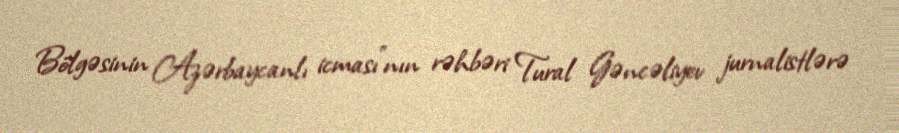
Bölgəsinin Azərbaycanlı icması"nın rəhbəri Tural Gəncəliyev jurnalistlərə